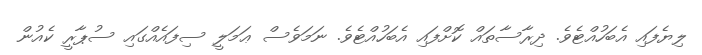
ލިޔެފައި އެބަހުއްޓެވެ. ދިރާސާތައް ކޮށްފައި އެބަހުއްޓެވެ. ނަމަވެސް ޢަމަލީ ސިފައެއްގައި ސުޕާރީ ކެއުން